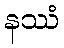
နဿံ